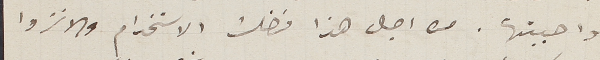
واحببتها. من اجل هذا فضلت الاستخدام والانزوا